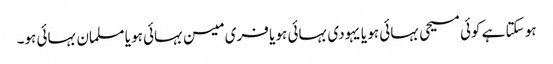
ہو سکتا ہے کوئی مسیحی بہائی ہو یا یہودی بہائی ہو یا فری میسن بہائی ہو یا مسلمان بہائی ہو۔